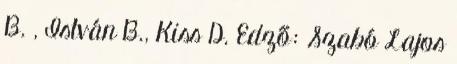
B. , István B., Kiss D. Edző: Szabó Lajos